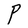
Character: P